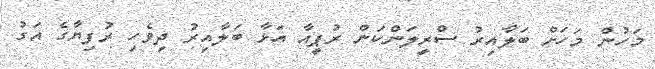
މަހުން މަހަށް ބަލާއިރު ސްރީލަންކަން ރުޕީއާ އަޅާ ބަލާއިރު ދިވެހި ރުފިޔާގެ އަގު